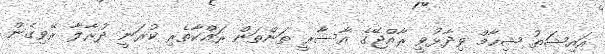
އައިޝަތު ޝިހާމް ވިދާޅުވީ ރާއްްޖޭގެ އާސާރީ ތަންތަން ރައްކާތެރި ކުރަނީ ދުރާލާ ރޭވިގެން